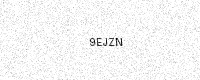
Text: 9EJZN